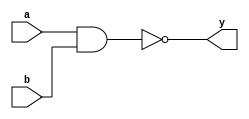
module SN7400_nand(
   input [3:0] a,
   input [3:0] b,
   output [3:0] y
);
   assign y = ~(a & b);
endmodule